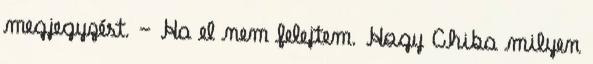
megjegyzést. – Ha el nem felejtem. Hogy Chiba milyen